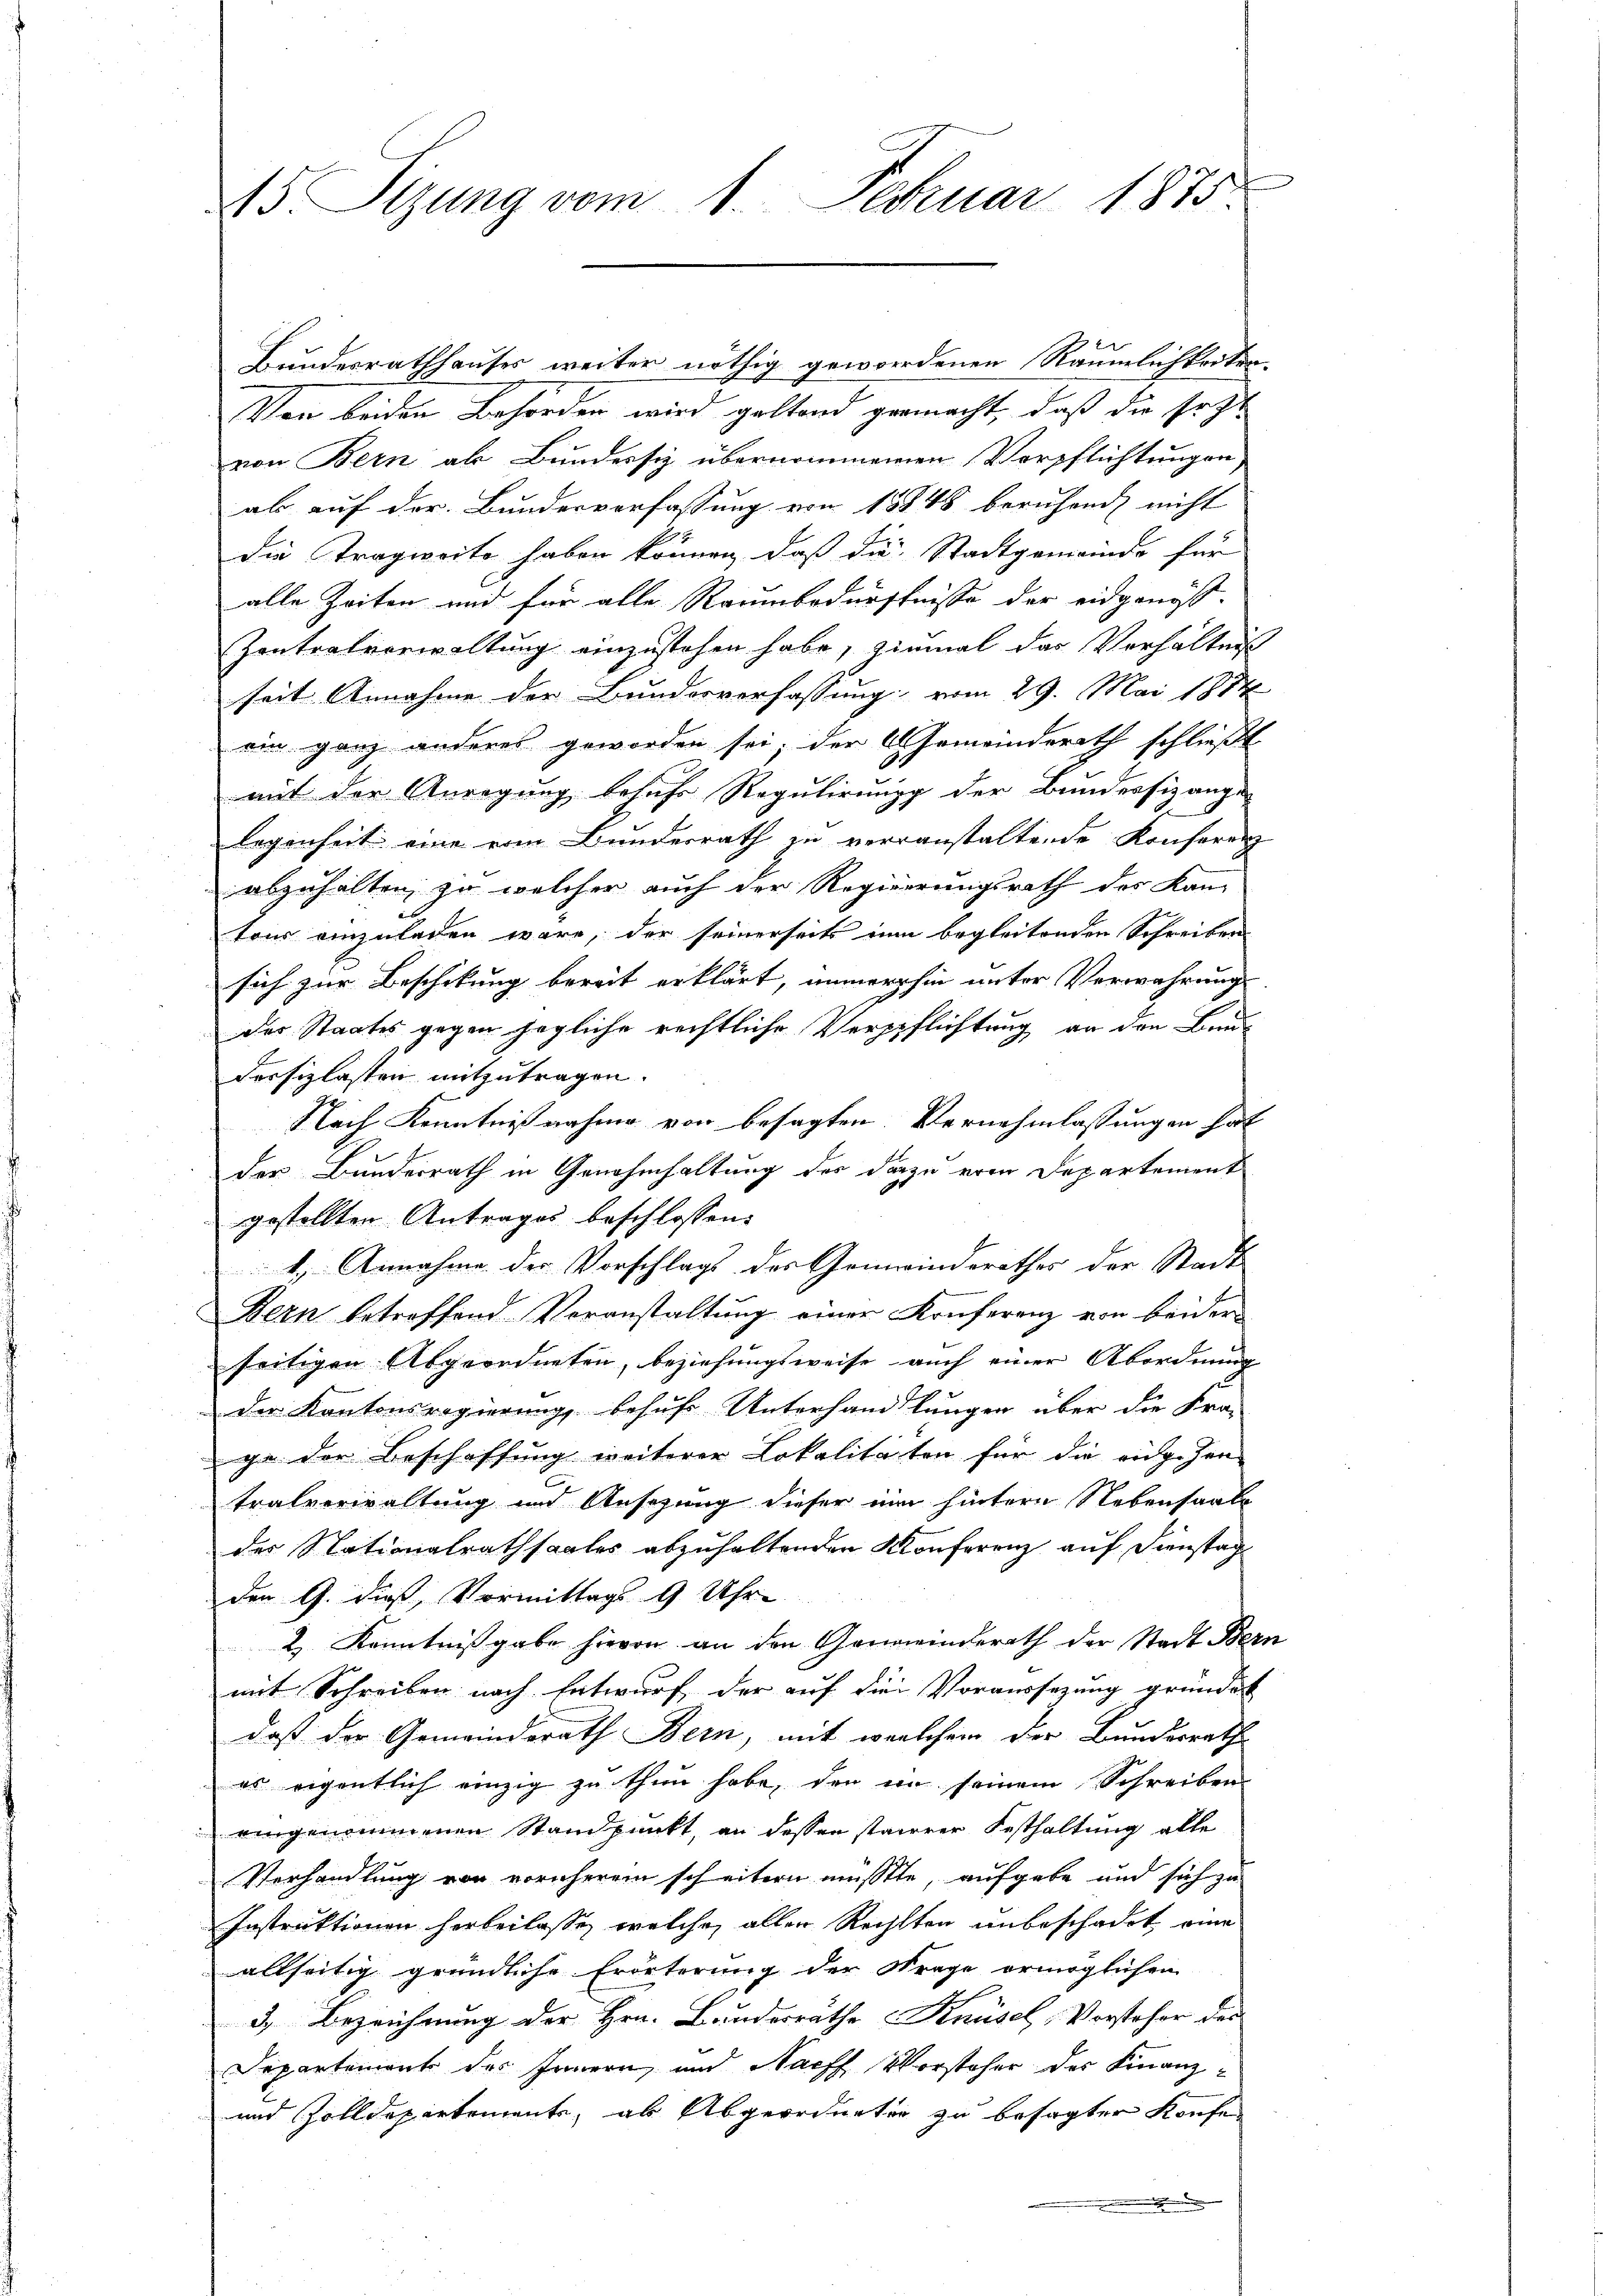
15. Sizung vom 1. Februar 1875.

Bundesrathhauses weiter nöthig gewordenen Räumlichkeiten
Von beiden Behörden wird gestand germacht, daß die soz
von Bern als Bundersiz übernommenen Verpflichtungen,
ab auf der Bundesverfassung von 18848 beruhend nicht
die Tragweite haben können, daß die Stadtgemeinde für
alle Zeiten und für alle Raumbedürfnisse der eidgenöß¬
Zontralverwaltung einzustehen habe, einmal das Verhältnis
seit Annahme der Bundesverfassung vom 29. Mai 1814
ein ganz anderes geworden sei; der Gemeinderath schließt
mit der Anregung besuche Regulirung der Bundessizange
legenheit eine vom Bunderrath zu verranstaltende Konferenz
abzuhalten, so welcher auch der Regierungsrath des Kan-
toir einzuladen wäre, der seinerseits nun begleitenden Schreiben
sich zur Beschikung bereit erklärt, immerhin unter Verwahrung
des Staates gegen jegliche rechtliche Verpflichtung an den Baudersizlasten mitzutragen.
Nach Kenntnißnahme von besagten Vernehmlassungen hat
der Bunderrath in Genehmhaltung des darzu erin Departement
gestellten Antrages beschlossen:
1.) Annahme der Vorschlags des Gemeinderathes der Stadt-
Bern betreffend Veranstaltung einer Konferenz von beider
seitigen Abgeordneten, beziehungsweise auch einer Abordnung
der Kantonsregierung, behufs Unterhandlungen über die Fra-
ge der Beschaffung weiterer Lokalitäten für die eingegen-
tralverwaltung und Ansehung dieser nun hintern Nebensaale
der Stationalrathsaales abzuhaltenden Konferenz auf Dienstag
den G. dieß, Vormittags 9 Uhre
2.) Kenntnißgabe hievon an den Gemeinderath der Stadt Bern
mit Schreiben nach Entwurf der auf die Voraussezung gründet
daß der Gemeindsrath Bern, mit welchem der Bundesraths-
es eigentlich einzig zu thun habe, den ein seinem Schreiben
eingenommenen Standpunkt, an dessen starrer Festhaltung alle
Verhandlung von vornherem scheitern müsste, aufgabe und sich zu
Instruktionen herbeilasse, welche aller Rechten unbeschadet eine
allseitig gründliche Erörterung der Strage ermöglichen
3.) Bezeichnung der Hrn. Bundesrathe Knüsel, Vorsteher des
Departement des Innern, und Nach Vorsteher des Finanz¬
und Zolldepartemente, als Abgeordneten zu besagter Konfea